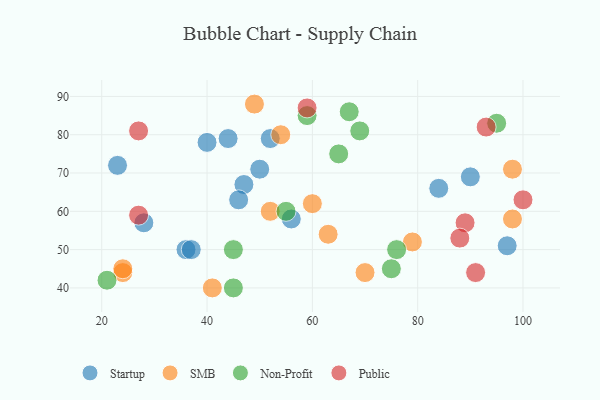
{"axis": {"x": "GDP", "y": "Life Expectancy"}, "legend": ["Non-Profit", "Public", "SMB", "Startup"], "data": [{"x": "40", "y": 78, "type": "Startup"}, {"x": "28", "y": 57, "type": "Startup"}, {"x": "97", "y": 51, "type": "Startup"}, {"x": "47", "y": 67, "type": "Startup"}, {"x": "23", "y": 72, "type": "Startup"}, {"x": "36", "y": 50, "type": "Startup"}, {"x": "84", "y": 66, "type": "Startup"}, {"x": "50", "y": 71, "type": "Startup"}, {"x": "52", "y": 79, "type": "Startup"}, {"x": "46", "y": 63, "type": "Startup"}, {"x": "90", "y": 69, "type": "Startup"}, {"x": "56", "y": 58, "type": "Startup"}, {"x": "44", "y": 79, "type": "Startup"}, {"x": "37", "y": 50, "type": "Startup"}, {"x": "60", "y": 62, "type": "SMB"}, {"x": "63", "y": 54, "type": "SMB"}, {"x": "79", "y": 52, "type": "SMB"}, {"x": "24", "y": 44, "type": "SMB"}, {"x": "52", "y": 60, "type": "SMB"}, {"x": "98", "y": 58, "type": "SMB"}, {"x": "24", "y": 45, "type": "SMB"}, {"x": "54", "y": 80, "type": "SMB"}, {"x": "49", "y": 88, "type": "SMB"}, {"x": "70", "y": 44, "type": "SMB"}, {"x": "41", "y": 40, "type": "SMB"}, {"x": "98", "y": 71, "type": "SMB"}, {"x": "45", "y": 50, "type": "Non-Profit"}, {"x": "45", "y": 40, "type": "Non-Profit"}, {"x": "69", "y": 81, "type": "Non-Profit"}, {"x": "65", "y": 75, "type": "Non-Profit"}, {"x": "76", "y": 50, "type": "Non-Profit"}, {"x": "75", "y": 45, "type": "Non-Profit"}, {"x": "21", "y": 42, "type": "Non-Profit"}, {"x": "95", "y": 83, "type": "Non-Profit"}, {"x": "55", "y": 60, "type": "Non-Profit"}, {"x": "59", "y": 85, "type": "Non-Profit"}, {"x": "67", "y": 86, "type": "Non-Profit"}, {"x": "89", "y": 57, "type": "Public"}, {"x": "100", "y": 63, "type": "Public"}, {"x": "59", "y": 87, "type": "Public"}, {"x": "88", "y": 53, "type": "Public"}, {"x": "93", "y": 82, "type": "Public"}, {"x": "27", "y": 59, "type": "Public"}, {"x": "91", "y": 44, "type": "Public"}, {"x": "27", "y": 81, "type": "Public"}]}